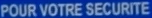
POUR VOTRE SECURITE